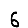
Digit: 6